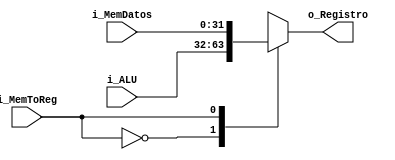
`timescale 1ns / 1ps
//////////////////////////////////////////////////////////////////////////////////
// Company: 
// Engineer: 
// 
// Design Name: 
// Module Name: Mux_Memoria
// Project Name: 
// Target Devices: 
// Tool Versions: 
// Description: 
// 
// Dependencies: 
// 
// Revision:
// Revision 0.01 - File Created
// Additional Comments:
// 
//////////////////////////////////////////////////////////////////////////////////


module Mux_Memoria
    #(
        parameter NBITS = 32
    )
    (
        input   wire                          i_MemToReg    ,
        input   wire     [NBITS-1      :0]    i_MemDatos    , //Memoria de Datos -> Dato del Filtro -> Dato de LUI 
        input   wire     [NBITS-1      :0]    i_ALU         , //Dato de la ALU
        output  wire     [NBITS-1      :0]    o_Registro                 
    );
    
    reg [NBITS-1  :0]   to_Reg      ;
    assign  o_Registro   =   to_Reg ;
    
    always @(*)
    begin
        case(i_MemToReg)
            1'b0:   to_Reg  <=  i_ALU       ;   
            1'b1:   to_Reg  <=  i_MemDatos  ;
        endcase
    end 
endmodule